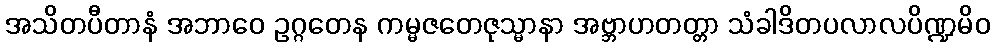
အသိတပီတာနံ အဘာဝေ ဥဂ္ဂတေန ကမ္မဇတေဇုသ္မာနာ အဗ္ဘာဟတတ္တာ သံခါဒိတပလာလပိဏ္ဍမိဝ